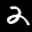
Label: 2